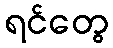
ရင်တွေ